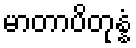
မာတာပိတုန္နံ